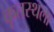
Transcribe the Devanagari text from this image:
कृतस्थला